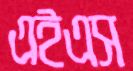
এইএস